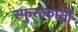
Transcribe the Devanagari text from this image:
स्फुरत्काञ्ची